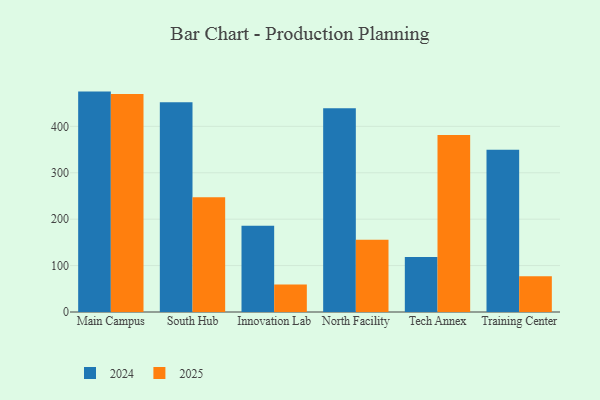
{"axis": {"x": "Campus", "y": "Demand Index"}, "legend": ["2024", "2025"], "data": [{"x": "Main Campus", "y": 474.9, "type": "2024"}, {"x": "Main Campus", "y": 469.7, "type": "2025"}, {"x": "South Hub", "y": 452.0, "type": "2024"}, {"x": "South Hub", "y": 247.0, "type": "2025"}, {"x": "Innovation Lab", "y": 186.0, "type": "2024"}, {"x": "Innovation Lab", "y": 59.2, "type": "2025"}, {"x": "North Facility", "y": 438.8, "type": "2024"}, {"x": "North Facility", "y": 155.5, "type": "2025"}, {"x": "Tech Annex", "y": 118.3, "type": "2024"}, {"x": "Tech Annex", "y": 381.2, "type": "2025"}, {"x": "Training Center", "y": 349.6, "type": "2024"}, {"x": "Training Center", "y": 76.9, "type": "2025"}]}